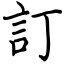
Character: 訂